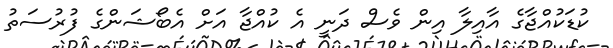
ކުޑަކުއްޖާގެ އާއިލާ އިން ވެސް ދަނީ އެ ކުއްޖާ އަށް އެބޯޝަންގެ ފުރުސަތު